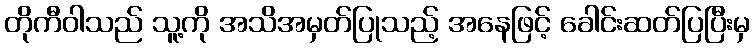
တိုကီဝါသည် သူ့ကို အသိအမှတ်ပြုသည့် အနေဖြင့် ခေါင်းဆတ်ပြပြီးမှ